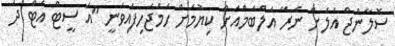
ސޮލާންޖް އަލަށް ނެރޭ އަލްބަމްއަށް ކިޔުމަށް ހަމަޖެހިފައިވަނީ "އަ ސީޓް އެޓް ދަ